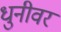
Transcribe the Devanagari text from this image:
धुनीवर